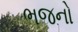
ભજનો